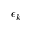
\epsilon _ { k }